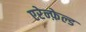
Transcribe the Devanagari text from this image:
एरेन्फ़ेल्ड